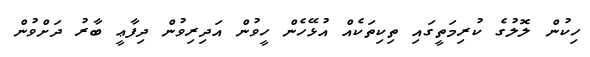
ހިކުން ލޮލުގެ ކުރިމަތީގައި ތިކިތަކެއް އުޅޭހެން ހީވުން އަދިރިވުން ދިފާޢީ ބާރު ދަށްވުން